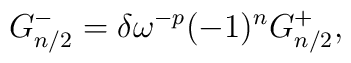
G^-_{n/2}=\delta \omega^{-p}(-1)^nG^+_{n/2} ,